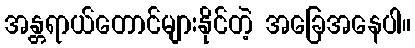
အန္တရာယ်တောင်များနိုင်တဲ့ အခြေအနေပါ။